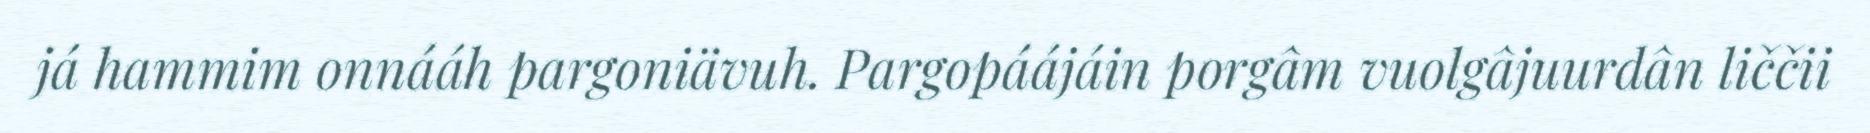
já hammim onnááh pargoniävuh. Pargopáájáin porgâm vuolgâjuurdân liččii